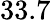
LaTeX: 33.7